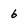
Character: b